Civil Veterinary Department. Central Provinces & Berar 1932-41 - 1932-1941
Year: 1932
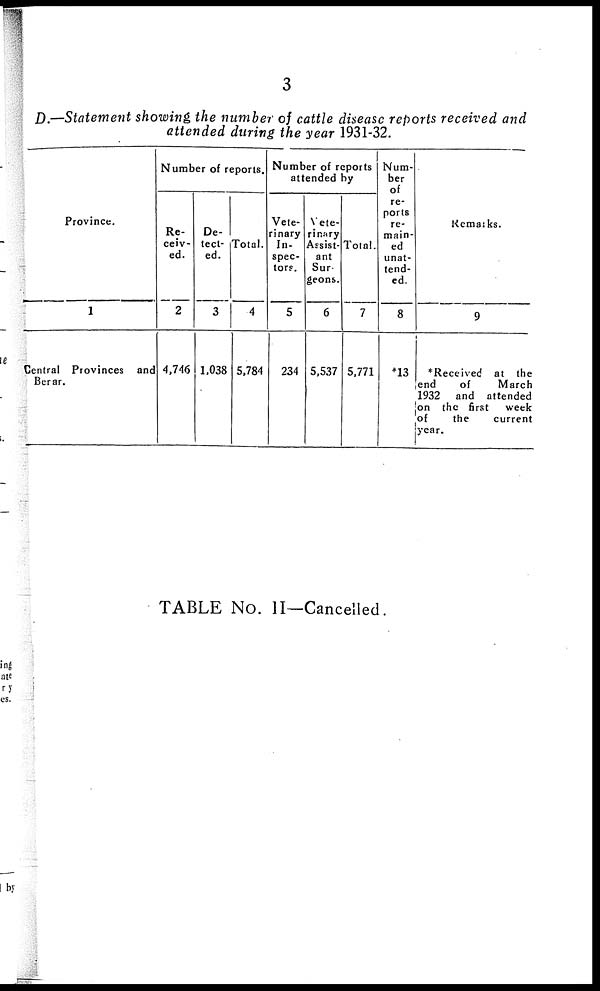
3
D.—Statement showing the number of cattle disease reports received and
attended during the year 1931-32.
Province.
1
Central Provinces and
Berar.
Number of reports.
Re-
ceiv-
ed.
2
4,746
De-
tect-
ed.
3
1,038
Total.
4
5,784
Number of reports
attended by
Vete-
rinary
In-
spec-
tors.
5
234
Vete-
rinary
Assist-
ant
Sur-
geons.
6
5,537
Total.
7
5,771
Num-
ber
of
re-
ports
re-
main-
ed
unat-
tend-
ed.
8
*13
Remarks.
9
*Received at the
end
of
March
1932 and attended
on the first week
of
the
current
year.
TABLE No. II—Cancelled.